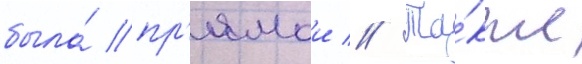
была́ пр'ямои // Та́кже